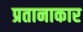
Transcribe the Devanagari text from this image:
प्रतानाकार